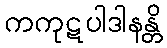
ကကုဋပါဒါနန္တိ